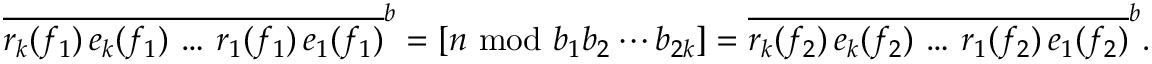
\overline { { r _ { k } ( f _ { 1 } ) \, e _ { k } ( f _ { 1 } ) \, \ldots \, r _ { 1 } ( f _ { 1 } ) \, e _ { 1 } ( f _ { 1 } ) } } ^ { \boldsymbol { b } } = \left[ n \ \mathrm { m o d } \ b _ { 1 } b _ { 2 } \cdots b _ { 2 k } \right] = \overline { { r _ { k } ( f _ { 2 } ) \, e _ { k } ( f _ { 2 } ) \, \ldots \, r _ { 1 } ( f _ { 2 } ) \, e _ { 1 } ( f _ { 2 } ) } } ^ { \boldsymbol { b } } .